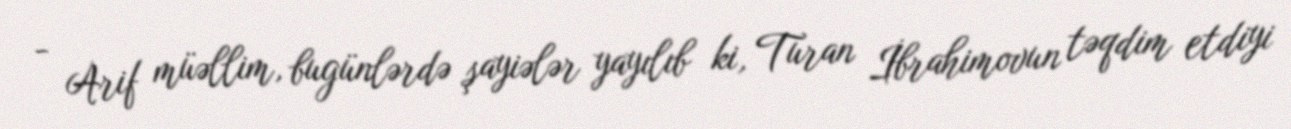
- Arif müəllim, bugünlərdə şayiələr yayılıb ki, Turan İbrahimovun təqdim etdiyi